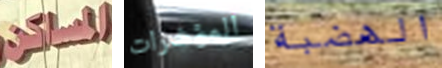
المساكن المؤشرات الهضبة